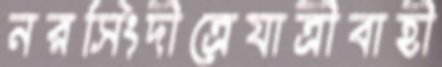
নরসিংদীত্রেযাত্রীবাহী